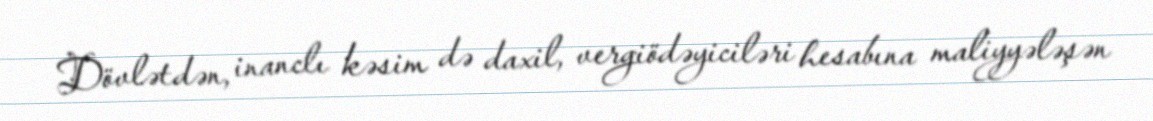
Dövlətdən, inanclı kəsim də daxil, vergiödəyiciləri hesabına maliyyələşən